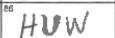
Transcription: HUW